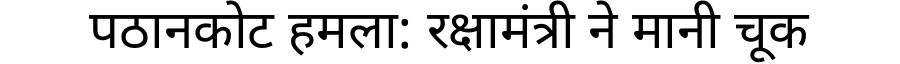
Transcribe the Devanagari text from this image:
पठानकोट हमला: रक्षामंत्री ने मानी चूक